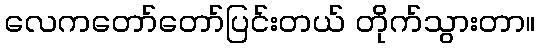
လေကတော်တော်ပြင်းတယ် တိုက်သွားတာ။